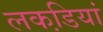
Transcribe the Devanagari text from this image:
लकडि़यां